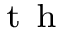
^ { \mathrm { ~ t ~ h ~ } }